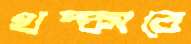
থম্‌কাবে